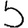
Digit: 5